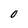
Character: O